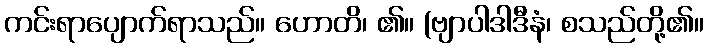
ကင်းရာပျောက်ရာသည်။ ဟောတိ၊ ၏။ (ဗျာပါဒါဒီနံ၊ စသည်တို့၏။